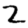
Digit: 2